Madras plague regulations in force outside the Presidency town - Volume 1
Disease focus: Plague
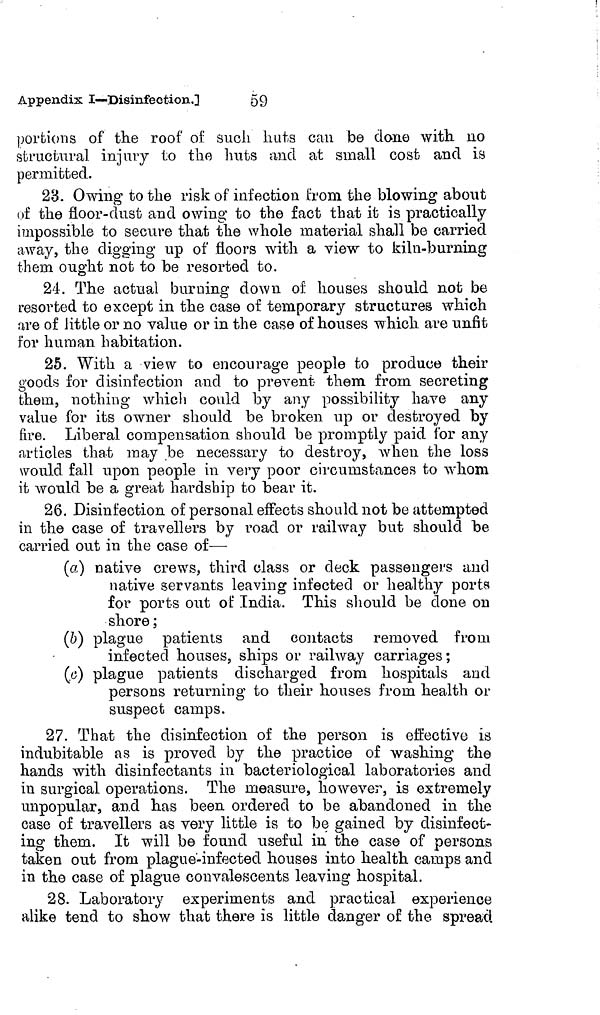
Appendix I—Disinfection.]
59
portions of the roof of such huts can be done with no
structural injury to the huts and at small cost and is
permitted.
23. Owing to the risk of infection from the blowing about
of the floor-dust and owing to the fact that it is practically
impossible to secure that the whole material shall be carried
away, the digging up of floors with a view to kiln-burning
them ought not to be resorted to.
24. The actual burning down of: houses should not be
resorted to except in the case of temporary structures which
are of little or no value or in the case of houses which are unfit
for human habitation.
25. With a view to encourage people to produce their
goods for disinfection and to prevent them from secreting
them, nothing which could by any possibility have any
value for its owner should be broken up or destroyed by
fire. Liberal compensation should be promptly paid for any
articles that may be necessary to destroy, when the loss
would fall upon people in very poor circumstances to whom
it would be a great hardship to bear it.
26. Disinfection of personal effects should not be attempted
in the case of travellers by road or railway but should be
carried out in the case of—
(a) native crews, third class or deck passengers and
native servants leaving infected or healthy ports
for ports out of India. This should be done on
shore ;
(b) plague patients and contacts removed from
infected houses, ships or railway carriages;
(c) plague patients discharged from hospitals and
persons returning to their houses from health or
suspect camps.
27. That the disinfection of the person is effective is
indubitable as is proved by the practice of washing the
hands with disinfectants in bacteriological laboratories and
in surgical, operations. The measure, however, is extremely
unpopular, and has been ordered to be abandoned in the
case of travellers as very little is to be gained by disinfect-
ing them. It will be found useful in the case of persons
taken out from plague-infected houses into health camps and
in the case of plague convalescents leaving hospital.
28. Laboratory experiments and practical experience
alike tend to show that there is little danger of the spread